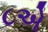
૮એ